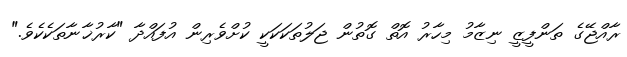
ރާއްޖޭގެ ތަންފީޒީ ނިޒާމު މިހާރު އޮތް ގޮތުން ޖަލުތަކަކަކީ ކުށްވެރިން އުފައްދާ "ކާރުޚާނާތަކެކެވެ."